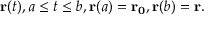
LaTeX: \mathbf { r } ( t ) , a \leq t \leq b , \mathbf { r } ( a ) = \mathbf { r _ { 0 } } , \mathbf { r } ( b ) = \mathbf { r } .